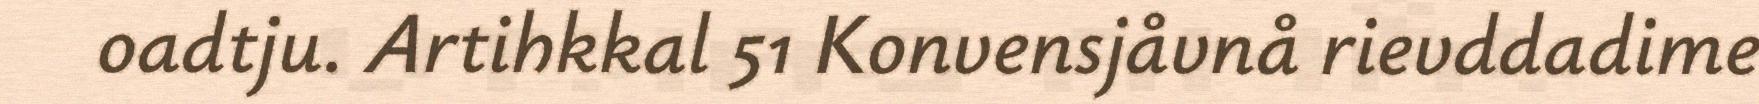
oadtju. Artihkkal 51 Konvensjåvnå rievddadime